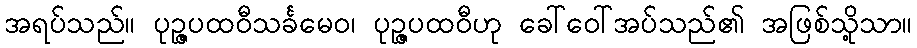
အရပ်သည်။ ပုဉ္ဇပထဝီသင်္ခမေဝ၊ ပုဉ္ဇပထဝီဟု ခေါ်ဝေါ်အပ်သည်၏ အဖြစ်သို့သာ။